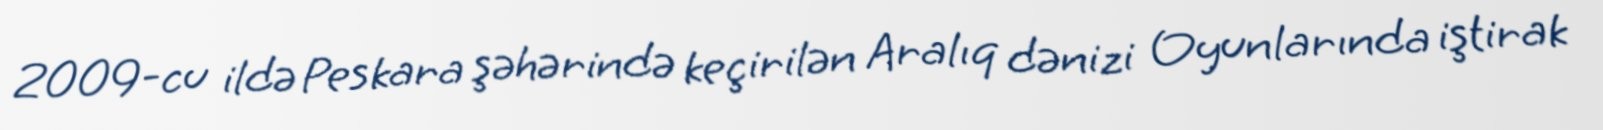
2009-cu ildə Peskara şəhərində keçirilən Aralıq dənizi Oyunlarında iştirak